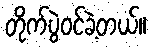
တိုက်ပွဲဝင်ခဲ့တယ်။